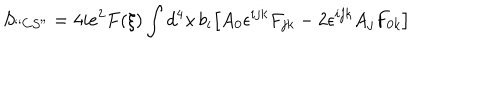
LaTeX: S _ { ` ` C S " } = 4 i e ^ { 2 } F ( \xi ) \int d ^ { 4 } x \, b _ { i } \bigl [ A _ { 0 } \epsilon ^ { i j k } F _ { j k } - 2 \epsilon ^ { i j k } A _ { j } F _ { 0 k } \bigr ]